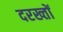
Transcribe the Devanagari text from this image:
दरख्तों